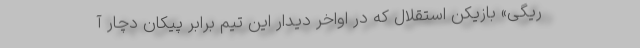
ریگی» بازیکن استقلال که در اواخر دیدار این تیم برابر پیکان دچار آ